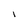
Character: I